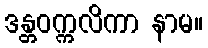
ဒန္တဝက္ကလိကာ နာမ။